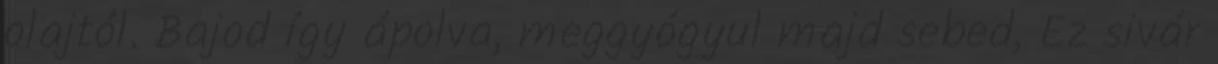
olajtól. Bajod így ápolva, meggyógyul majd sebed, Ez sivár